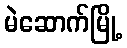
မဲဆောက်မြို့